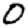
Digit: 0